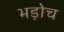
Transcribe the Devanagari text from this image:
भड़ोच